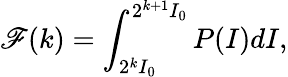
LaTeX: \mathscr{F}(k)=\int_{2^{k}I_{0}}^{2^{k+1}I_{0}}P(I)dI,